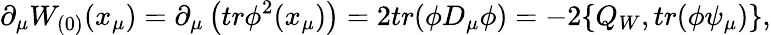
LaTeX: \partial_{\mu}W_{(0)}(x_{\mu})=\partial_{\mu}\left(tr\phi^{2}(x_{\mu})\right)=2tr(\phi D_{\mu}\phi)=-2\{ Q_{W},tr(\phi\psi_{\mu})\} ,